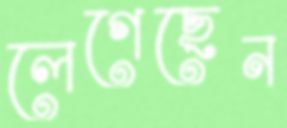
লেগেছেন